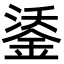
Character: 鋈